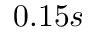
0 . 1 5 s